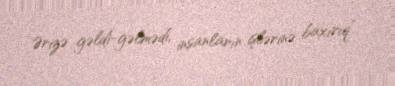
Ərizə gəldi-gəlmədi, insanların işlərinə baxırıq”.